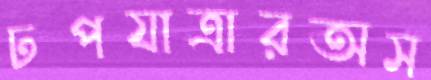
ঢপযাত্রারঅস